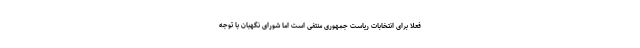
فعلا برای انتخابات ریاست جمهوری منتفی است اما شورای نگهبان با توجه